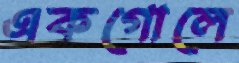
একগোলে